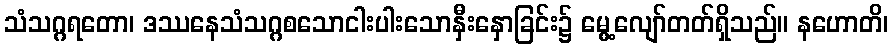
သံသဂ္ဂရတော၊ ဒဿနေသံသဂ္ဂစသောငါးပါးသောနှီးနှောခြင်း၌ မွေ့လျော်တတ်ရှိသည်။ နဟောတိ၊